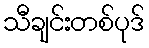
သီချင်းတစ်ပုဒ်